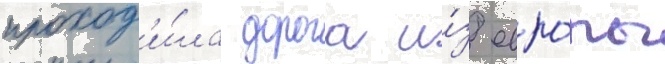
проход'и́ла дорога и́з евро́пы